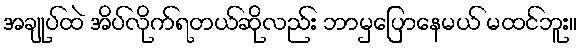
အချုပ်ထဲ အိပ်လိုက်ရတယ်ဆိုလည်း ဘာမှပြောနေမယ် မထင်ဘူး။